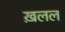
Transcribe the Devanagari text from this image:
ख़लल